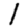
Digit: 1